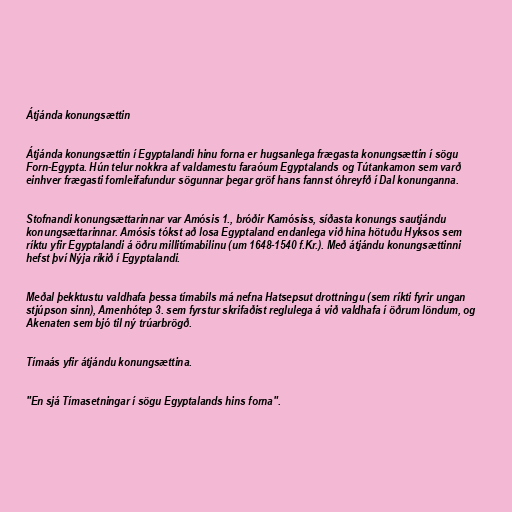
Átjánda konungsættin

Átjánda konungsættin í Egyptalandi hinu forna er hugsanlega frægasta konungsættin í sögu
Forn-Egypta. Hún telur nokkra af valdamestu faraóum Egyptalands og Tútankamon sem varð
einhver frægasti fornleifafundur sögunnar þegar gröf hans fannst óhreyfð í Dal konunganna.

Stofnandi konungsættarinnar var Amósis 1., bróðir Kamósiss, síðasta konungs sautjándu
konungsættarinnar. Amósis tókst að losa Egyptaland endanlega við hina hötuðu Hyksos sem
ríktu yfir Egyptalandi á öðru millitímabilinu (um 1648-1540 f.Kr.). Með átjándu konungsættinni
hefst því Nýja ríkið í Egyptalandi.

Meðal þekktustu valdhafa þessa tímabils má nefna Hatsepsut drottningu (sem ríkti fyrir ungan
stjúpson sinn), Amenhótep 3. sem fyrstur skrifaðist reglulega á við valdhafa í öðrum löndum, og
Akenaten sem bjó til ný trúarbrögð.

Tímaás yfir átjándu konungsættina.

"En sjá Tímasetningar í sögu Egyptalands hins forna".